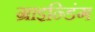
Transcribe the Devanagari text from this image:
ग्राइन्डिंग